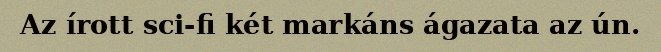
Az írott sci-fi két markáns ágazata az ún.